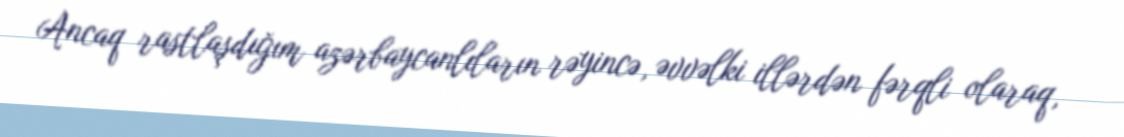
Ancaq rastlaşdığım azərbaycanlıların rəyincə, əvvəlki illərdən fərqli olaraq,